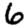
Digit: 6